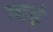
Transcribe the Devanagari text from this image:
माहं